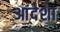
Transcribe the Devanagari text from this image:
आंदेशा